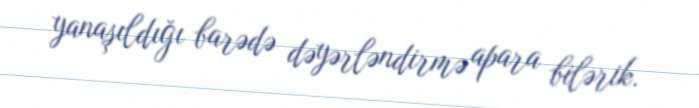
yanaşıldığı barədə dəyərləndirmə apara bilərik.